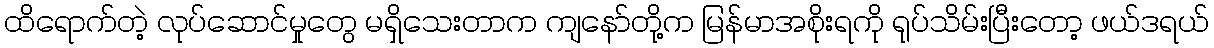
ထိရောက်တဲ့ လုပ်ဆောင်မှုတွေ မရှိသေးတာက ကျနော်တို့က မြန်မာအစိုးရကို ရုပ်သိမ်းပြီးတော့ ဖယ်ဒရယ်